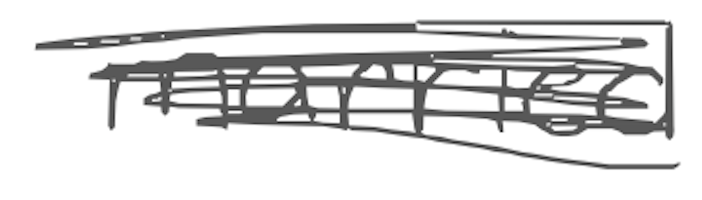
Text: married
Cross-out: scratch
Writing tool: digital_gray